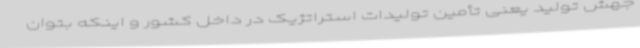
جهش تولید یعنی تأمین تولیدات استراتژیک در داخل کشور و اینکه بتوان